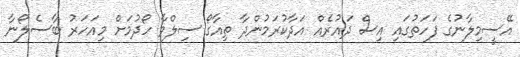
އޭސީމިލާނުގެ ފަހަތުގައި އިސް ދައުރެއް އަދާކުރަމުންދާ ތިއާގޯ ސިލްވާ ހޯދުމަށް މިއަހަރު ބާސެލޯނާ